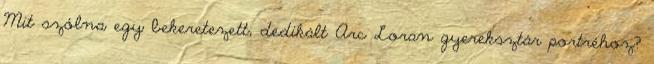
Mit szólna egy bekeretezett, dedikált Arc Loran gyereksztár portréhoz?